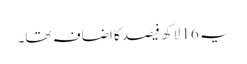
یہ 16 لاکھ فیصد کا اضافہ تھا۔